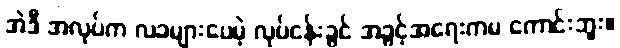
အဲဒီ အလုပ်က လခများပေမဲ့ လုပ်ငန်းခွင် အခွင့်အရေးကမ ကောင်းဘူး။